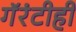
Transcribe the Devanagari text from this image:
गॅरंटीही